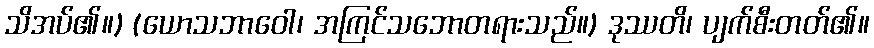
သိအပ်၏။) (ယောသဘာဝေါ၊ အကြင်သဘောတရားသည်။) ဒုဿတိ၊ ပျက်စီးတတ်၏။